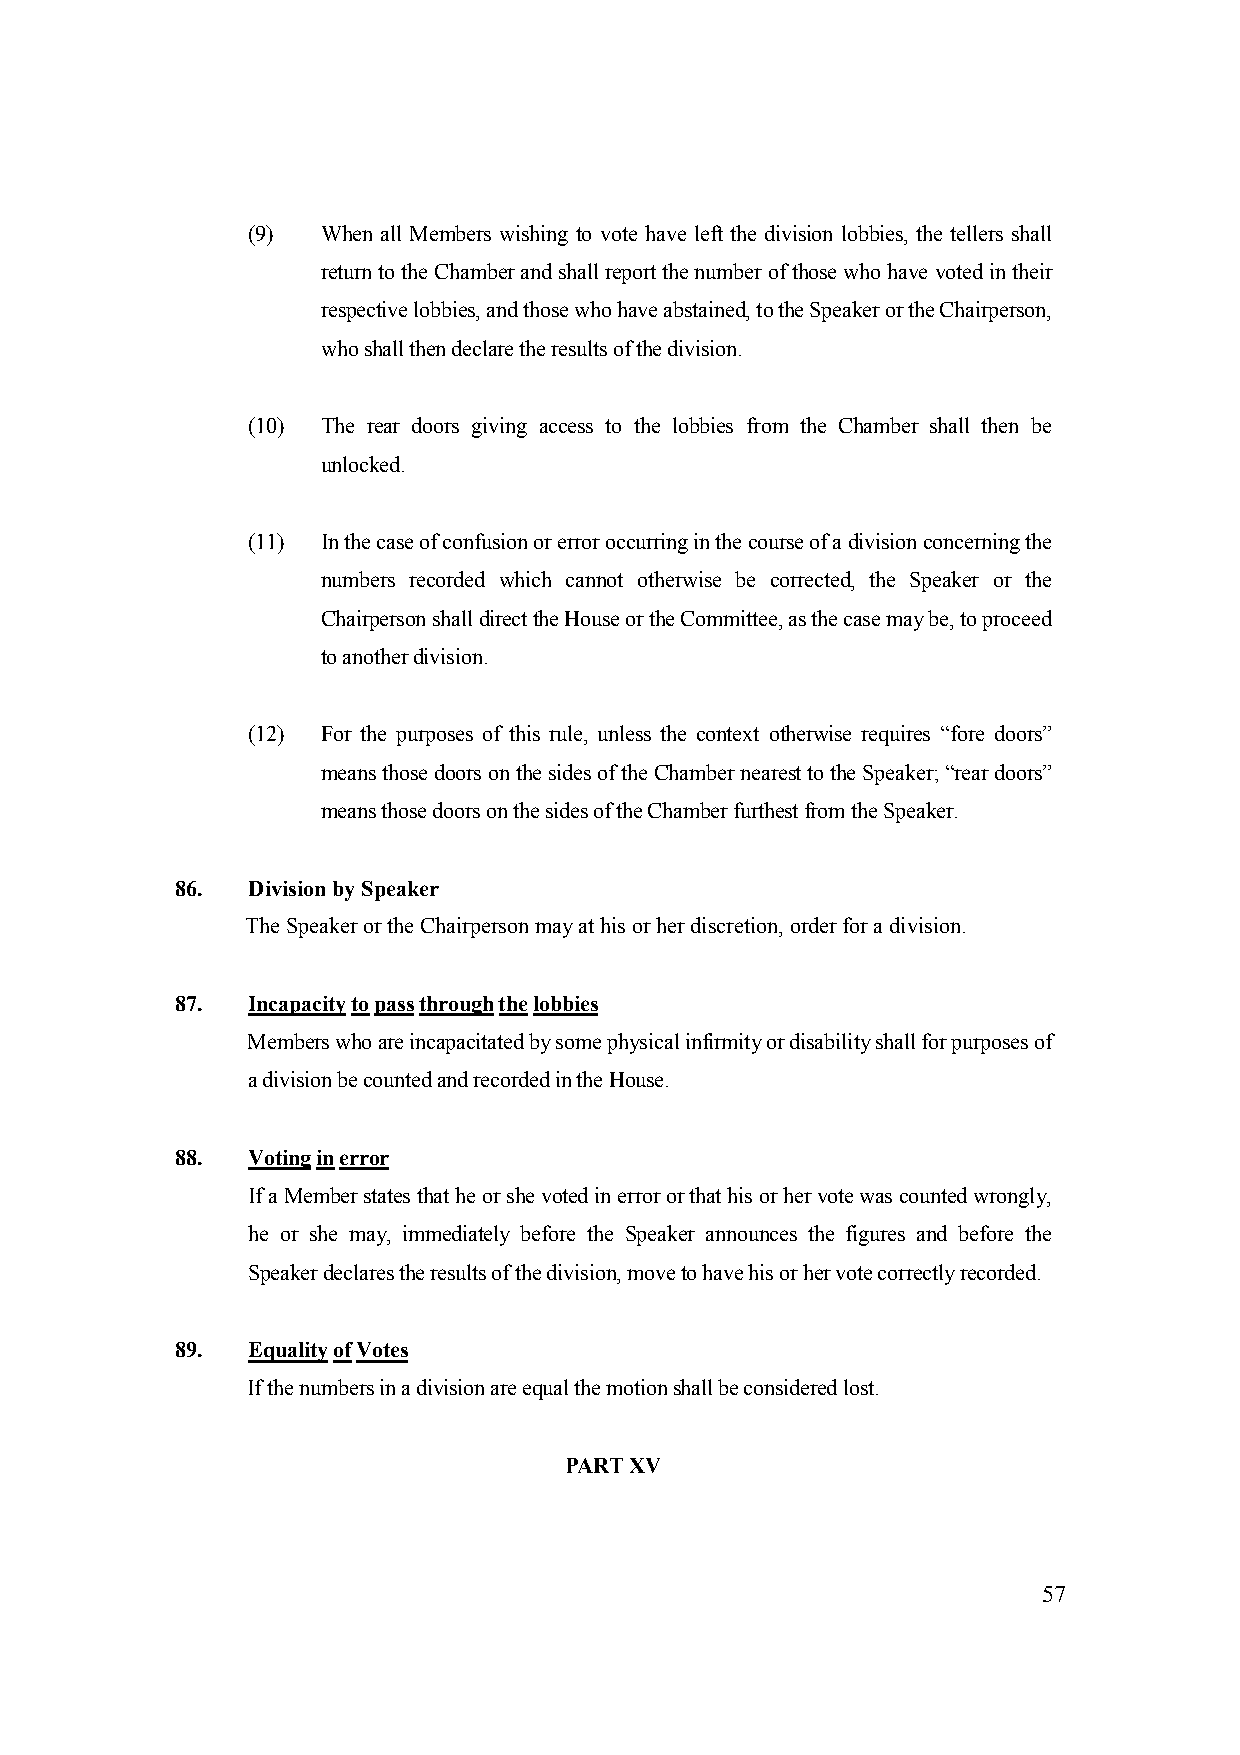
(9)  When all Members wishing to vote have left the division lobbies, the tellers shall
 return to the Chamber and shall report the number of those who have voted in their
 respective lobbies, and those who have abstained, to the Speaker or the Chairperson,
 who shall then declare the results of the division.
 (10) The rear doors giving access to the lobbies from the Chamber shall then be
 unlocked.
 (11) In the case of confusion or error occurring in the course of a division concerning the
 numbers recorded which cannot otherwise be corrected, the Speaker or the
 Chairperson shall direct the House or the Committee, as the case may be, to proceed
 to another division.
 (12) For the purposes of this rule, unless the context otherwise requires “fore doors”
 means those doors on the sides of the Chamber nearest to the Speaker; “rear doors”
 means those doors on the sides of the Chamber furthest from the Speaker.
 86. Division by Speaker
 The Speaker or the Chairperson may at his or her discretion, order for a division.
 87. Incapacity to pass through the lobbies
 Members who are incapacitated by some physical infirmity or disability shall for purposes of
 a division be counted and recorded in the House.
 88. Voting in error
 If a Member states that he or she voted in error or that his or her vote was counted wrongly,
 he or she may, immediately before the Speaker announces the figures and before the
 Speaker declares the results of the division, move to have his or her vote correctly recorded.
 89. Equality of Votes
 If the numbers in a division are equal the motion shall be considered lost.
 PART XV
 57